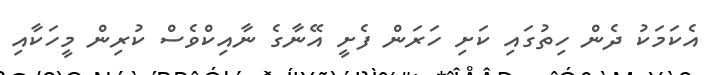
އެކަމަކު ދެން ހިތުގައި ކަށި ހަރަން ފެށީ އޭނާގެ ނާއިކްވެސް ކުރިން މީހަކާއި